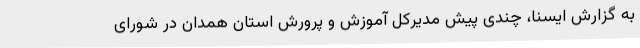
به گزارش ایسنا، چندی پیش مدیرکل آموزش و پرورش استان همدان در شورای